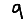
Digit: 9